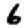
Digit: 6